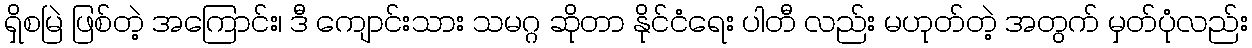
ရှိစမြဲ ဖြစ်တဲ့ အကြောင်း၊ ဒီ ကျောင်းသား သမဂ္ဂ ဆိုတာ နိုင်ငံရေး ပါတီ လည်း မဟုတ်တဲ့ အတွက် မှတ်ပုံလည်း